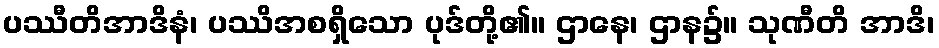
ပဿီတိအာဒိနံ၊ ပဿိအစရှိသော ပုဒ်တို့၏။ ဌာနေ၊ ဌာန၌။ သုဏီတိ အာဒိ၊